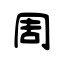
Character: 周